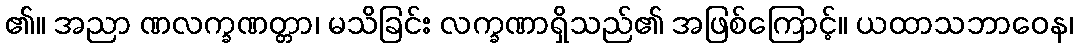
၏။ အညာ ဏလက္ခဏတ္တာ၊ မသိခြင်း လက္ခဏာရှိသည်၏ အဖြစ်ကြောင့်။ ယထာသဘာဝေန၊